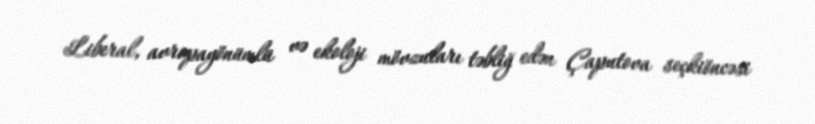
Liberal, avropayönümlü və ekoloji mövzuları təbliğ edən Çaputova seçkiöncəsi